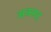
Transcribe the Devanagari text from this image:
अक्सर्